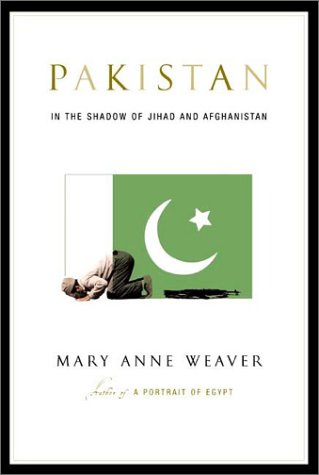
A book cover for Pakistan: In the Shadow of Jihad and Afghanistan; Mary Anne Weaver; Travel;